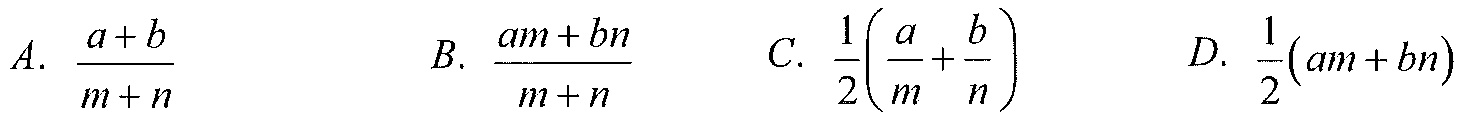
A. \(\frac{a + b}{m + n}\)  B. \(\frac{am + bn}{m + n}\)  C. \(\frac{1}{2}(\frac{a}{m}+\frac{b}{n})\)  D. \(\frac{1}{2}(am + bn)\)